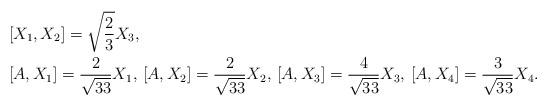
LaTeX: \begin{align*}&[X_{1},X_{2}]=\sqrt{\frac{2}{3}} X_{3},\\&[A,X_{1}]=\frac{2}{\sqrt{33}}X_{1},\,[A,X_{2}]=\frac{2}{\sqrt{33}}X_{2},\,[A,X_{3}]=\frac{4}{\sqrt{33}}X_{3},\,[A,X_{4}]=\frac{3}{\sqrt{33}}X_{4}.\end{align*}